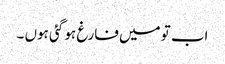
اب تو میں فارغ ہو گئی ہوں ۔